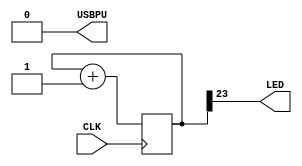
// look in pins.pcf for all the pin names on the TinyFPGA BX board
module top (
    input CLK,    // 16MHz clock
    output LED,   // User/boot LED next to power LED
    output USBPU  // USB pull-up resistor
);
    // drive USB pull-up resistor to '0' to disable USB
    assign USBPU = 0;

    // create a binary counter
    reg[31:0] cnt;
    always @(posedge CLK) cnt <= cnt+1;

    // blink the LED at a few Hz (using the 23th bit of the counter, use a different bit to modify the blinking rate)
    assign LED = cnt[23];
endmodule